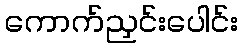
ကောက်ညှင်းပေါင်း